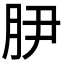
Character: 𭨭